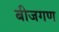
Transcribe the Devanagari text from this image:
बीजगण